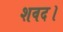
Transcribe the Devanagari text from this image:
शवद।